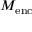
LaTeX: M _ { \mathrm { e n c } }